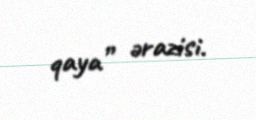
qaya” ərazisi.